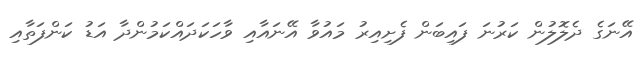
އޭނަގެ ދެލޮލުން ކަރުނަ ފައިބަން ފެށިއިރު މައުވާ އޭނައާއި ވާހަކަދައްކަމުންދާ އަޑު ކަންފަތާއި